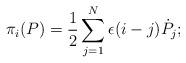
LaTeX: \begin{align*}\pi_i(P) = {1 \over 2} \sum_{j=1}^{N} \epsilon(i-j){\dot P}_j;\end{align*}